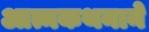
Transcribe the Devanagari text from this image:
आत्मकथनाने